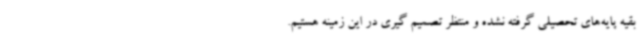
بقیه پایه‌های تحصیلی گرفته نشده و منتظر تصمیم گیری در این زمینه هستیم.